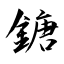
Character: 鎕